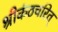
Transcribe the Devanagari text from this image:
श्रीकंठचरित्‌